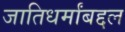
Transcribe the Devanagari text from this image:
जातिधर्मांबद्दल